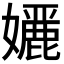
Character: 𭒭